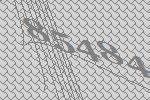
85484